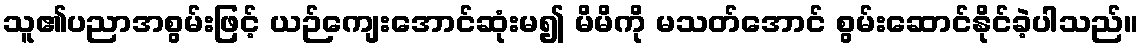
သူ၏ပညာအစွမ်းဖြင့် ယဉ်ကျေးအောင်ဆုံးမ၍ မိမိကို မသတ်အောင် စွမ်းဆောင်နိုင်ခဲ့ပါသည်။